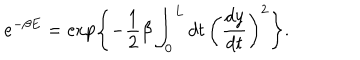
e ^ { - \beta E } = \exp \left\{ - \frac { 1 } { 2 } \beta \int _ { 0 } ^ { L } d t \, \left( \frac { d y } { d t } \right) ^ { 2 } \right\} .